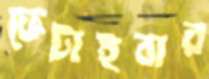
ফেটাইবার